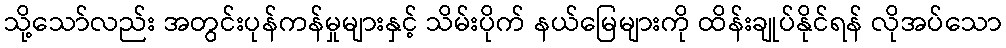
သို့သော်လည်း အတွင်းပုန်ကန်မှုများနှင့် သိမ်းပိုက် နယ်မြေများကို ထိန်းချုပ်နိုင်ရန် လိုအပ်သော